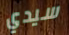
سيدي